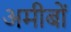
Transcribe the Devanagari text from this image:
अमीबों